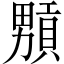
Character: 𤳢